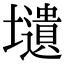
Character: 壝